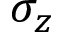
\sigma _ { z }